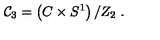
{ \cal C } _ { 3 } = \left( C \times S ^ { 1 } \right) / Z _ { 2 } \ .